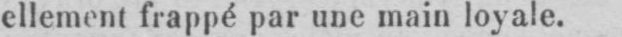
ellement frappé par une main loyale.